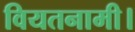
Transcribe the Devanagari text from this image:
वियतनामी।